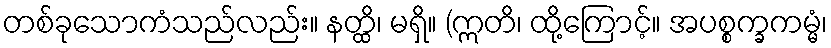
တစ်ခုသောကံသည်လည်း။ နတ္ထိ၊ မရှိ။ (ဣတိ၊ ထို့ကြောင့်။ အပစ္စက္ခကမ္မံ၊